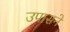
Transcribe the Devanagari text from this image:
उपासने